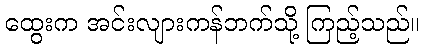
ထွေးက အင်းလျားကန်ဘက်သို့ ကြည့်သည်။